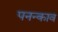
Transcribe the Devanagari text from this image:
पनन्काव